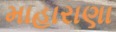
માહારાણા